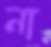
না